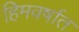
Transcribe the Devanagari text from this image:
हिमवर्षात